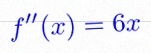
f''(x)=6x